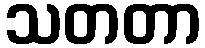
သတတာ